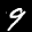
Label: 9